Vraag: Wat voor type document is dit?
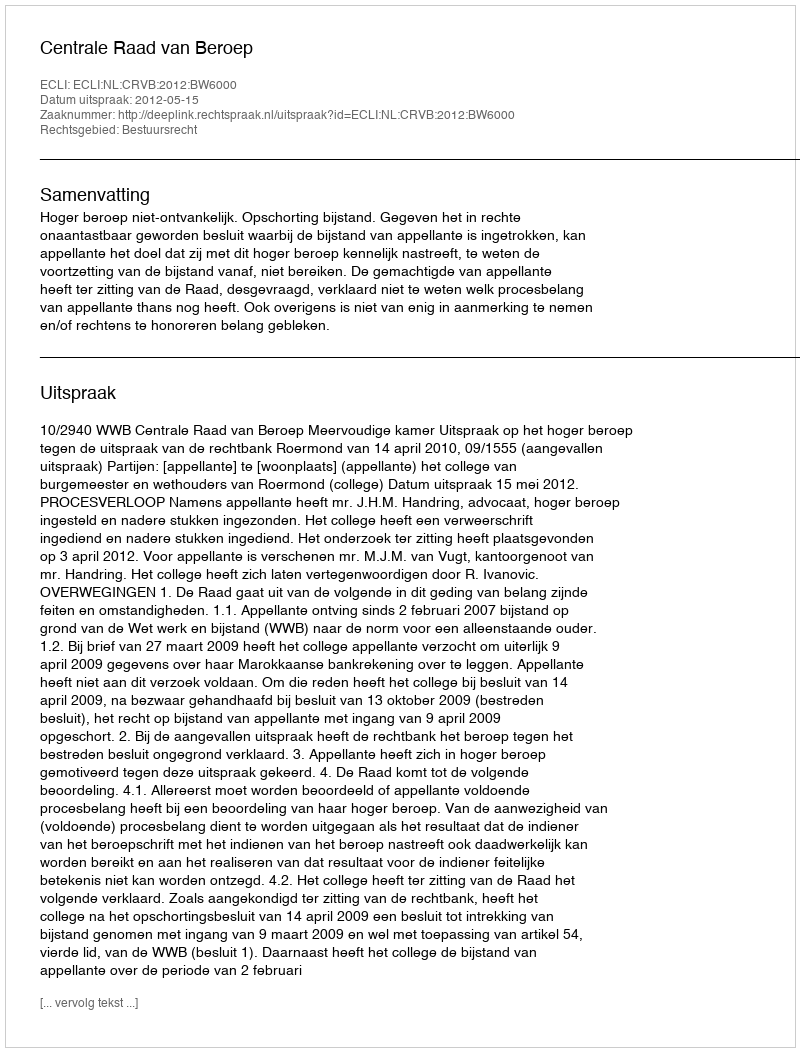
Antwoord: Uitspraak